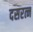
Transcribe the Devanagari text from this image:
दसरत्न